Indian journal of veterinary science and animal husbandry - Volumes 24-25, 1954-1955
Year: 1954
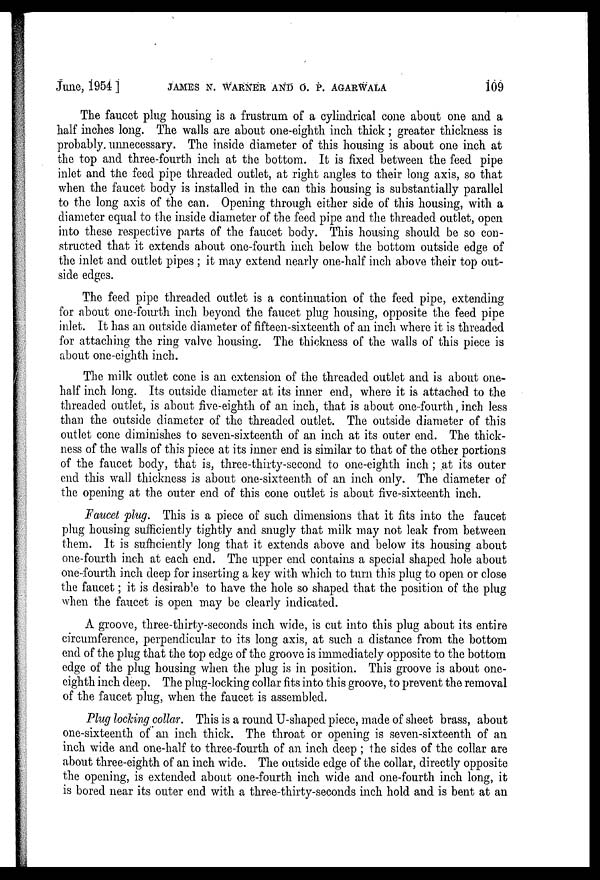
June, 1954]
JAMES
N.
WARNER
AND
O.
P.
AGARWALA
109
The faucet plug housing is a frustrum of a cylindrical cone about one and a
half inches long. The walls are about one-eighth inch thick; greater thickness is
probably unnecessary. The inside diameter of this housing is about one inch at
the top and three-fourth inch at the bottom. It is fixed between the feed pipe
inlet and the feed pipe threaded outlet, at right angles to their long axis, so that
when the faucet body is installed in the can this housing is substantially parallel
to the long axis of the can. Opening through either side of this housing, with a
diameter equal to the inside diameter of the feed pipe and the threaded outlet, open
into these respective parts of the faucet body. This housing should be so con-
structed that it extends about one-fourth inch below the bottom outside edge of
the inlet and outlet pipes; it may extend nearly one-half inch above their top out-
side edges.
The feed pipe threaded outlet is a continuation of the feed pipe, extending
for about one-fourth inch beyond the faucet plug housing, opposite the feed pipe
inlet. It has an outside diameter of fifteen-sixteenth of an inch where it is threaded
for attaching the ring valve housing. The thickness of the walls of this piece is
about one-eighth inch.
The milk outlet cone is an extension of the threaded outlet and is about one-
half inch long. Its outside diameter at its inner end, where it is attached to the
threaded outlet, is about five-eighth of an inch, that is about one-fourth, inch less
than the outside diameter of the threaded outlet. The outside diameter of this
outlet cone diminishes to seven-sixteenth of an inch at its outer end. The thick-
ness of the walls of this piece at its inner end is similar to that of the other portions
of the faucet body, that is, three-thirty-second to one-eighth inch; at its outer
end this wall thickness is about one-sixteenth of an inch only. The diameter of
the opening at the outer end of this cone outlet is about five-sixteenth inch.
Faucet plug. This is a piece of such dimensions that it fits into the faucet
plug housing sufficiently tightly and snugly that milk may not leak from between
them. It is sufficiently long that it extends above and below its housing about
one-fourth inch at each end. The upper end contains a special shaped hole about
one-fourth inch deep for inserting a key with which to turn this plug to open or close
the faucet; it is desirable to have the hole so shaped that the position of the plug
when the faucet is open may be clearly indicated.
A groove, three-thirty-seconds inch wide, is cut into this plug about its entire
circumference, perpendicular to its long axis, at such a distance from the bottom
end of the plug that the top edge of the groove is immediately opposite to the bottom
edge of the plug housing when the plug is in position. This groove is about one-
eighth inch deep. The plug-locking collar fits into this groove, to prevent the removal
of the faucet plug, when the faucet is assembled.
Plug locking collar. This is a round U-shaped piece, made of sheet brass, about
one-sixteenth of an inch thick. The throat or opening is seven-sixteenth of an
inch wide and one-half to three-fourth of an inch deep; the sides of the collar are
about three-eighth of an inch wide. The outside edge of the collar, directly opposite
the opening, is extended about one-fourth inch wide and one-fourth inch long, it
is bored near its outer end with a three-thirty-seconds inch hold and is bent at an